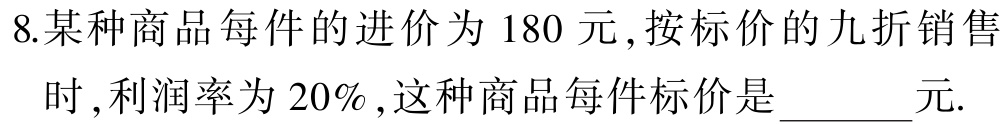
8.某种商品每件的进价为180元,按标价的九折销售
时,利润率为20%,这种商品每件标价是______元.